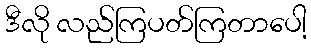
ဒီလို လည်ကြပတ်ကြတာပေါ့